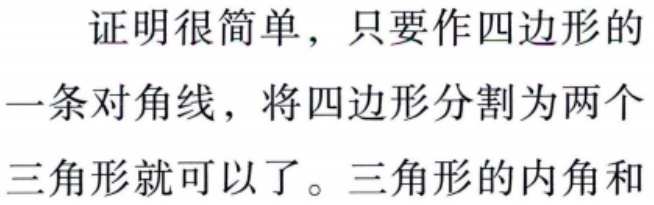
证明很简单，只要作四边形的一条对角线，将四边形分割为两个三角形就可以了。三角形的内角和